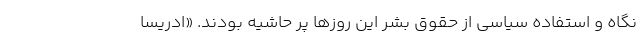
نگاه و استفاده سیاسی از حقوق بشر این روزها پر حاشیه بودند. «ادریسا